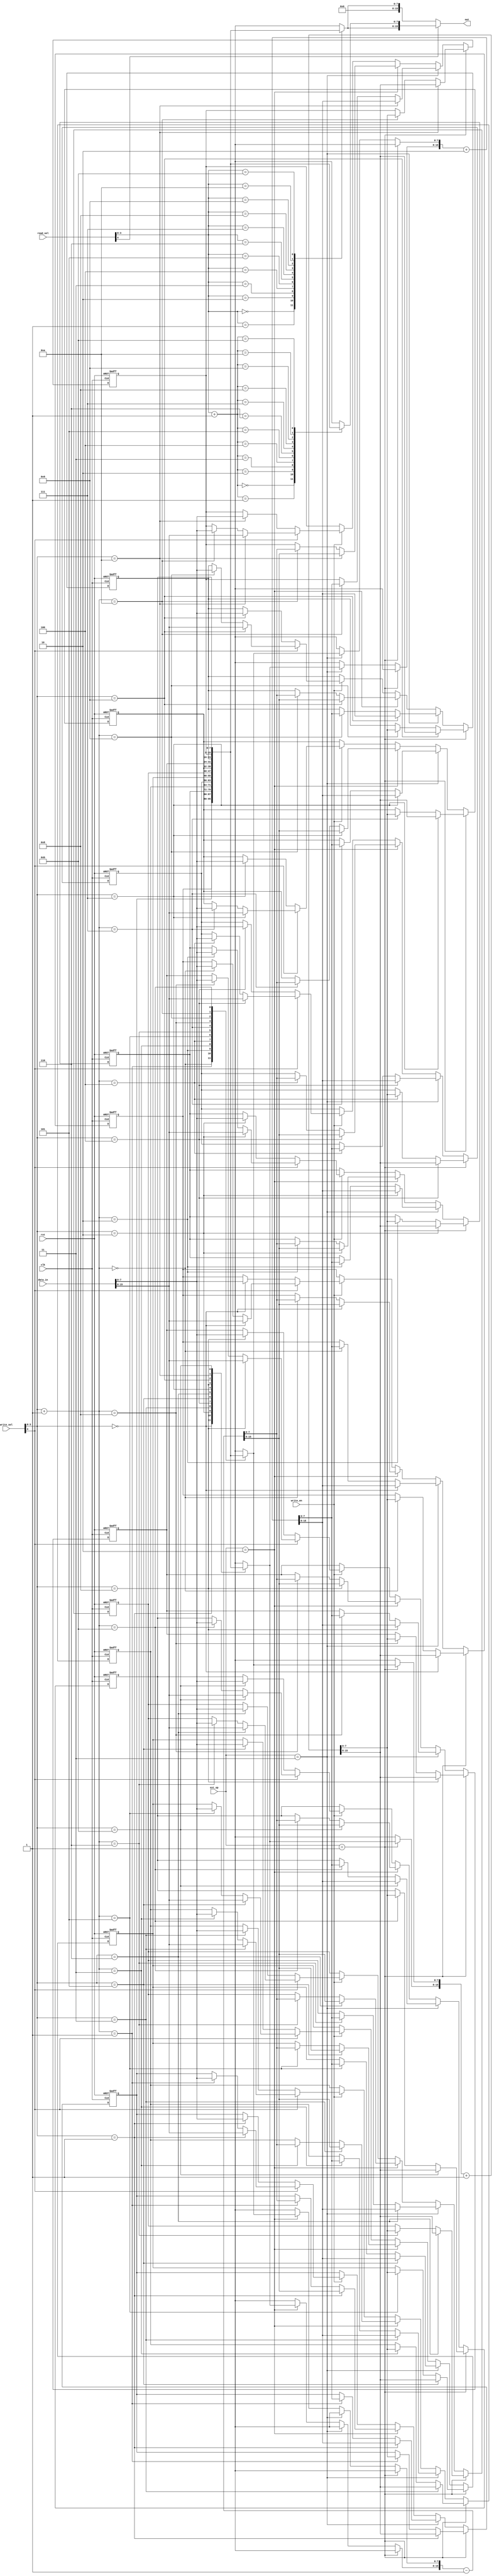
// This program was cloned from: https://github.com/namberino/nam80
// License: BSD 2-Clause "Simplified" License

module regfile(
    input clk,
    input rst,
    input write_en,
    input[15:0] data_in,
    input[4:0] write_sel,
    input[4:0] read_sel,
    input[1:0] ext_op,
    output[15:0] out
);

    localparam EXT_INC = 2'b01;
    localparam EXT_DCR = 2'b10;
    localparam EXT_INC2 = 2'b11;

    reg[7:0] register[0:11]; // 12 registers
    reg[15:0] data_out;

    wire[3:0] write_reg = write_sel[3:0];
    wire[3:0] read_reg = read_sel[3:0];

    wire write_ext = write_sel[4];
    wire read_ext = read_sel[4];

    // read operations
    always @ (*)
    begin
        if (read_ext)
            data_out <= {register[read_reg], register[read_reg + 1]};
        else
            data_out <= {8'b0, register[read_reg]};
    end

    // write operations
    always @ (posedge clk, posedge rst)
    begin
        if (rst)
        begin
            register[0] <= 8'b0;
            register[1] <= 8'b0;
            register[2] <= 8'b0;
            register[3] <= 8'b0;
            register[4] <= 8'b0;
            register[5] <= 8'b0;
            register[6] <= 8'b0;
            register[7] <= 8'b0;
            register[8] <= 8'b0;
            register[9] <= 8'b0;
            register[10] <= 8'b0;
            register[11] <= 8'b0;
        end else
        begin
            if (ext_op == EXT_INC)
                {register[write_reg], register[write_reg + 1]} <= {register[write_reg], register[write_reg + 1]} + 1;
            else if (ext_op == EXT_INC2)
                {register[write_reg], register[write_reg + 1]} <= {register[write_reg], register[write_reg + 1]} + 2;
            else if (ext_op == EXT_DCR)
                {register[write_reg], register[write_reg + 1]} <= {register[write_reg], register[write_reg + 1]} - 1;
            else if (write_en)
            begin
                if (write_ext)
                    {register[write_reg], register[write_reg + 1]} <= data_in;
                else 
                    register[write_reg] <= data_in[7:0];
            end
        end
    end

    assign out = data_out;

endmodule